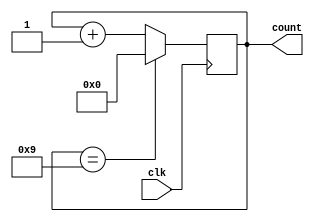
module modulus_counter (
    input wire clk,
    output reg [3:0] count
);

parameter MOD_VAL = 10;

always @(posedge clk) begin
    if (count == MOD_VAL - 1)
        count <= 0;
    else
        count <= count + 1;
end

endmodule